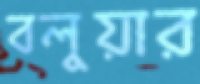
বলুয়ার